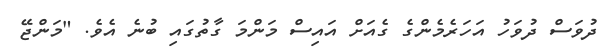
ދުވަސް ދުވަހު އަހަރެމެންގެ ގެއަށް އައިސް މަންމަ ގާތުގައި ބުނެ އެވެ. "މަންޖޭ